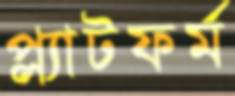
প্ল্যাটফর্ম